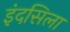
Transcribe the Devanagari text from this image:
इंदसिला